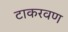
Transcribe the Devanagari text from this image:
टाकरवण